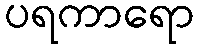
ပရကာရော